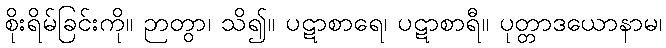
စိုးရိမ်ခြင်းကို။ ဉာတွာ၊ သိ၍။ ပဋာစာရေ၊ ပဋာစာရီ။ ပုတ္တာဒယောနာမ၊